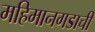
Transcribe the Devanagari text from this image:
महिमानगडाची